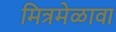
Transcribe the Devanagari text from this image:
मित्रमेळावा